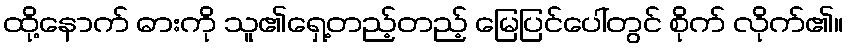
ထို့နောက် ဓားကို သူ၏ရှေ့တည့်တည့် မြေပြင်ပေါ်တွင် စိုက် လိုက်၏။